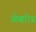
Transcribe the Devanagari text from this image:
ओव्हरीज